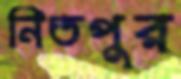
নিতপুর